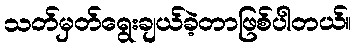
သတ်မှတ်ရွေးချယ်ခဲ့တာဖြစ်ပါတယ်။